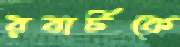
রবার্টকে